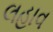
લહાવ